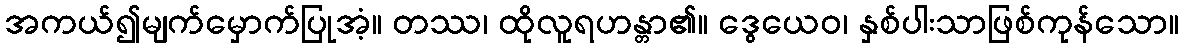
အကယ်၍မျက်မှောက်ပြုအံ့။ တဿ၊ ထိုလူရဟန္တာ၏။ ဒွေယေဝ၊ နှစ်ပါးသာဖြစ်ကုန်သော။